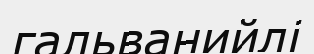
гальванийлі